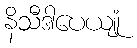
နိသီဒါပေယျုံ